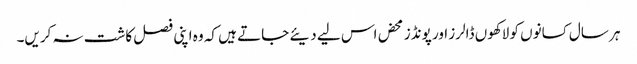
ہر سال کسانوں کو لاکھوں ڈالرز اور پونڈز محض اس لیے دیئے جاتے ہیں کہ وہ اپنی فصل کاشت نہ کریں۔